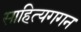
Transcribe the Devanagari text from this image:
साहित्यगगन